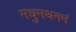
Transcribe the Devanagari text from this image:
मधुमथनमं